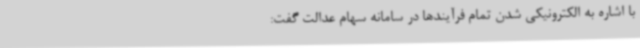
با اشاره به الکترونیکی شدن تمام فرآیندها در سامانه سهام عدالت گفت: